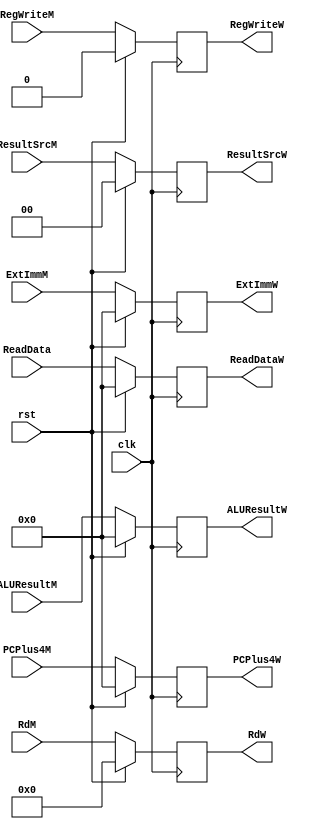
module reglayer_four (
    input      [31:0] ALUResultM,
    input      [31:0] ReadData,
    input      [31:0] PCPlus4M,
    input      [4:0]  RdM,
    input             rst,
    input             clk,
    input             RegWriteM,
    input      [1:0]  ResultSrcM,
    input      [31:0] ExtImmM,
    output reg [31:0] ALUResultW,
    output reg [31:0] ReadDataW,
    output reg [31:0] PCPlus4W,
    output reg [4:0]  RdW,
    output reg [1:0]  ResultSrcW,
    output reg        RegWriteW,
    output reg [31:0] ExtImmW
);
    always @(posedge clk) begin
        if(rst) begin
            ALUResultW <= 32'd0;
            ReadDataW  <= 32'd0;
            PCPlus4W   <= 32'd0;
            RdW        <= 5'd0;
            ResultSrcW <= 2'd0;
            RegWriteW  <= 0; 
            ExtImmW <= 32'd0;
        end
        else begin
            ALUResultW <= ALUResultM;
            ReadDataW  <= ReadData;
            PCPlus4W   <= PCPlus4M;
            RdW        <= RdM;
            ResultSrcW <= ResultSrcM;
            RegWriteW  <= RegWriteM; 
            ExtImmW <= ExtImmM;
        end

    end
    
endmodule